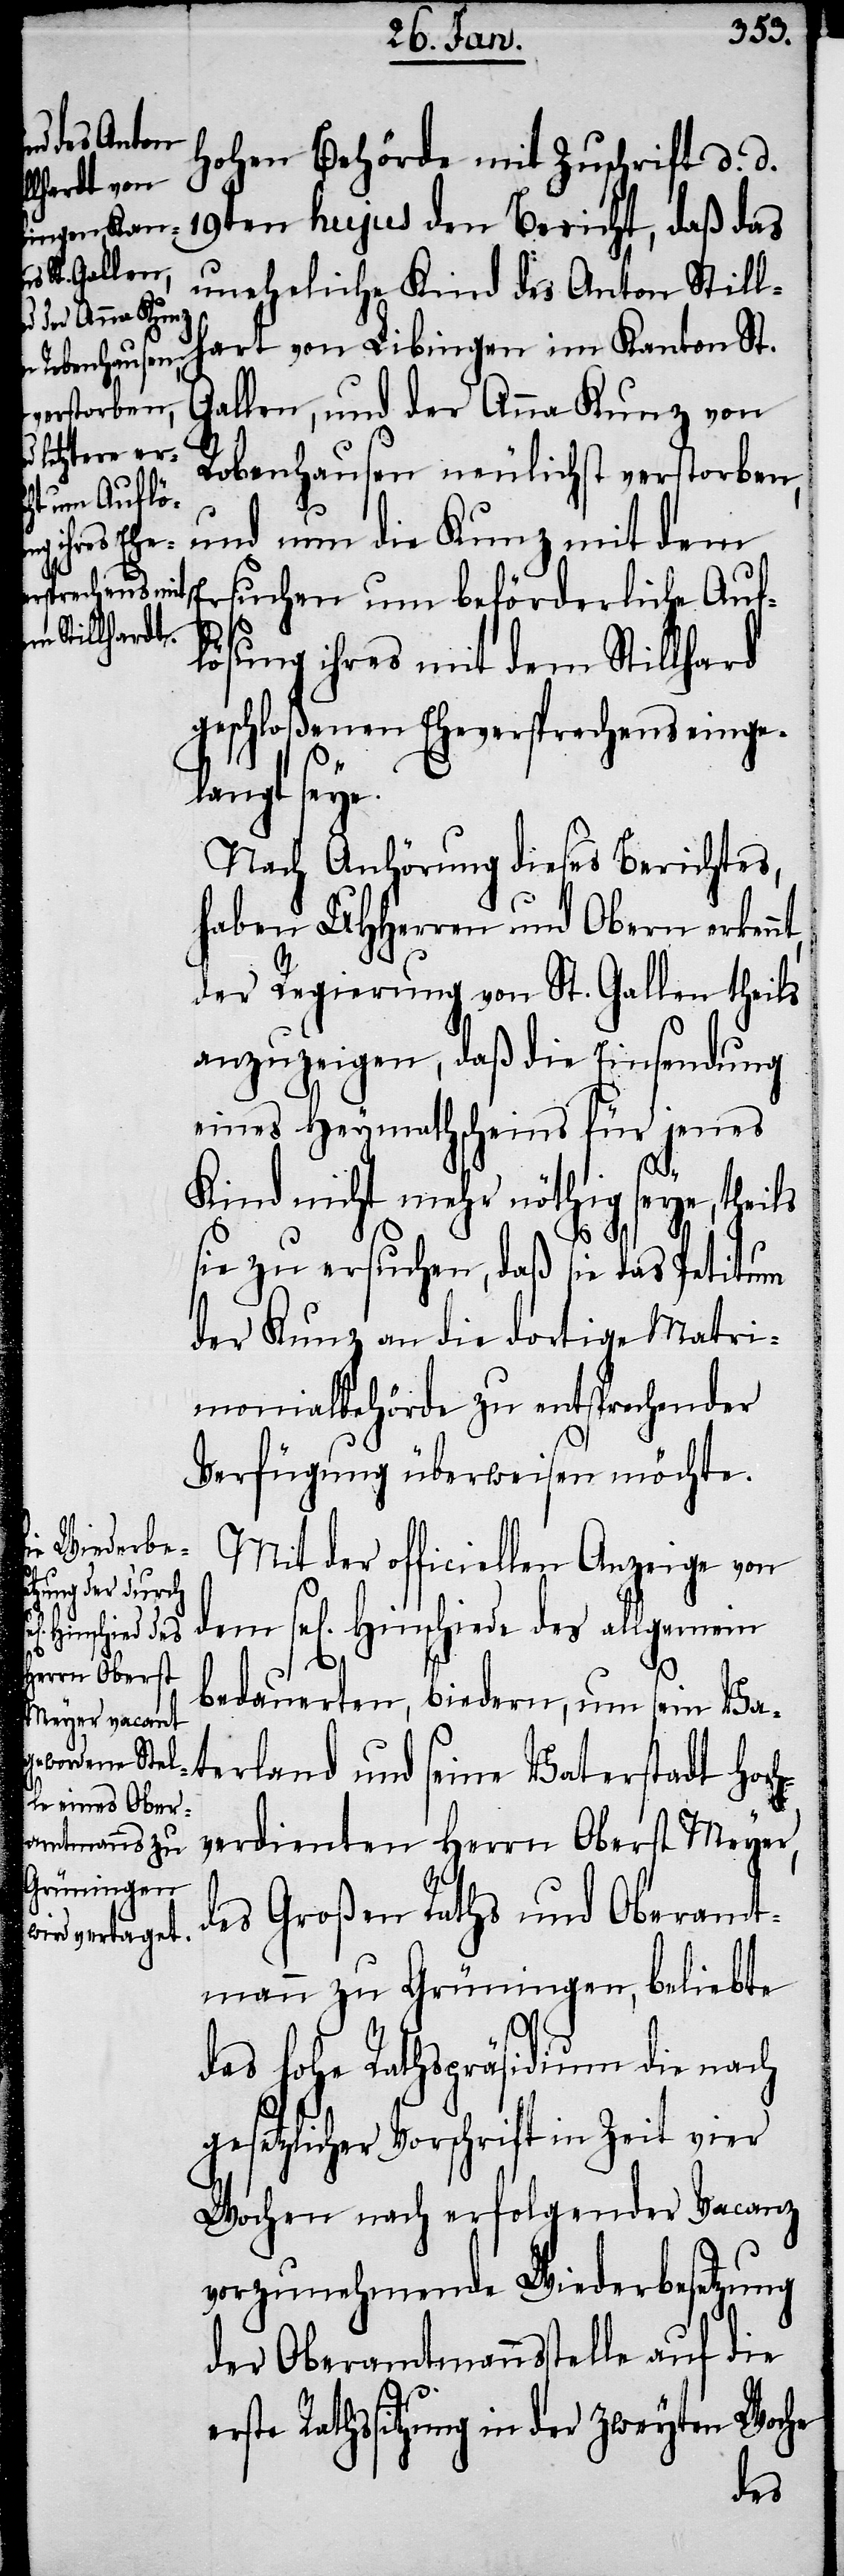
ch¬
Mit der officiellen Anzeige von
Hinschiede
bedauerten, biedern, um sein Va¬
terland und seine Vaterstadt Ho¬
verdienten Herrn Oberst Meyer,
des Großen Raths und Oberamt¬
mann zu Grüningen, beliebte
das Hohe Rathspräsidium die nach
gesetzlicher Vorschrift in Zeit vier
Wochen nach erfolgender Vacanz
vorzunehmende Wiederbesetzung
der Oberamtmannsstelle auf die
Rathssitzung in der zweyten Woche
des